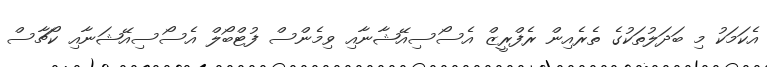
އެކަމަކު މި ބަދަލުތަކުގެ ތެރެއިން ރެފްރީޒް އެސޯސިއޭޝާނާއި ވިމެންސް ފުޓްބޯލް އެސޯސިއޭޝަނާއި ކޯޗާސް